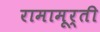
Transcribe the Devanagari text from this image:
रामामूर्ती